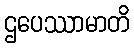
ဌပေဿာမာတိ